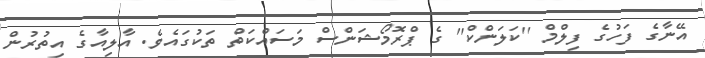
އޭނާގެ ފަހުގެ ފިލްމް ''ކަލަންކް'' ގެ ޕްރޮމޯޝަންސް މަސައްކަތް ތަކުގައެވެ. އާލިއާގެ އިތުރުން